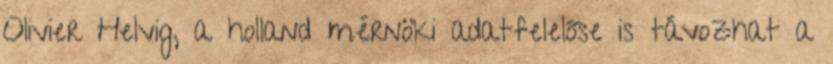
Olivier Helvig, a holland mérnöki adatfelelőse is távozhat a